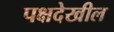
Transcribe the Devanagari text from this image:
पक्षदेखील